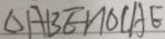
\Delta A B E / / O C A E